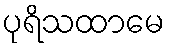
ပုရိသထာမေ